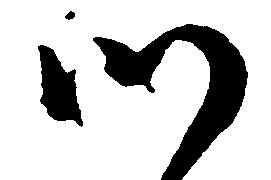
つ